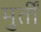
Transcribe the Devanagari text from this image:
मुर्तीं